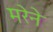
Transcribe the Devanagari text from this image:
मरेने